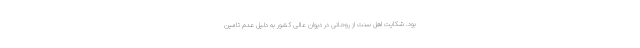
بود. شکایت اهل سنت از روحانی در دیوان عالی کشور به دليل عدم تامين